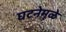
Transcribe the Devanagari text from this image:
घटनेमूळे